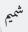
شميم